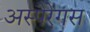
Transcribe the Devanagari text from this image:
अस्पेरेगस